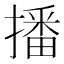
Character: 播